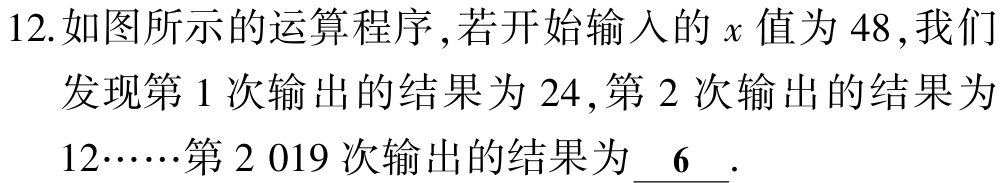
12.如图所示的运算程序,若开始输入的\(x\)值为\(48\),我们发现第\(1\)次输出的结果为\(24\),第\(2\)次输出的结果为\(12……\)第\(2 019\)次输出的结果为\(\underline{ 6 }\).